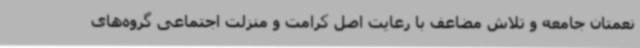
نعمتان جامعه و تلاش مضاعف با رعایت اصل کرامت و منزلت اجتماعی گروه‌های